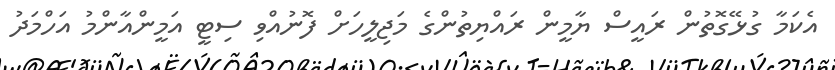
އެކަމާ ގުޅޭގޮތުން ރައީސް ޔާމީން ރައްޔިތުންގެ މަޖިލީހަށް ފޮނުއްވި ސިޓީ އަމީންއާންމު އަހްމަދު